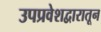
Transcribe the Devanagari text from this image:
उपप्रवेशद्वारातून